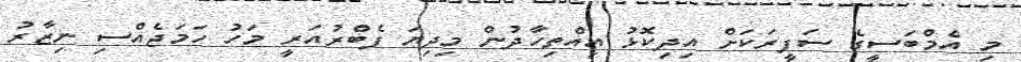
މި އެމްބަސީގެ ސަފީރަކަށް އިދިކޮޅު އިއްތިހާދުން މިދިޔަ ފެބްރުއަރީ މަހު ހަމަޖެއްސި ނިޒާރު